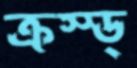
ক্রস্ড্